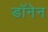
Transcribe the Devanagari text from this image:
डॉनेन